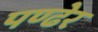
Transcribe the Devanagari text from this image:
पण्ढेर